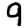
Digit: 9